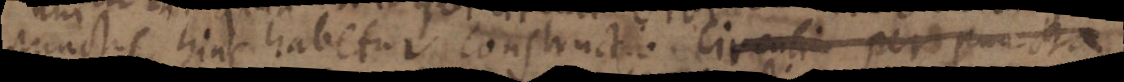
punctis hinc habetur constructio circuli per puncta